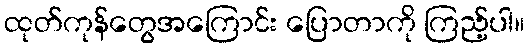
ထုတ်ကုန်တွေအကြောင်း ပြောတာကို ကြည့်ပါ။